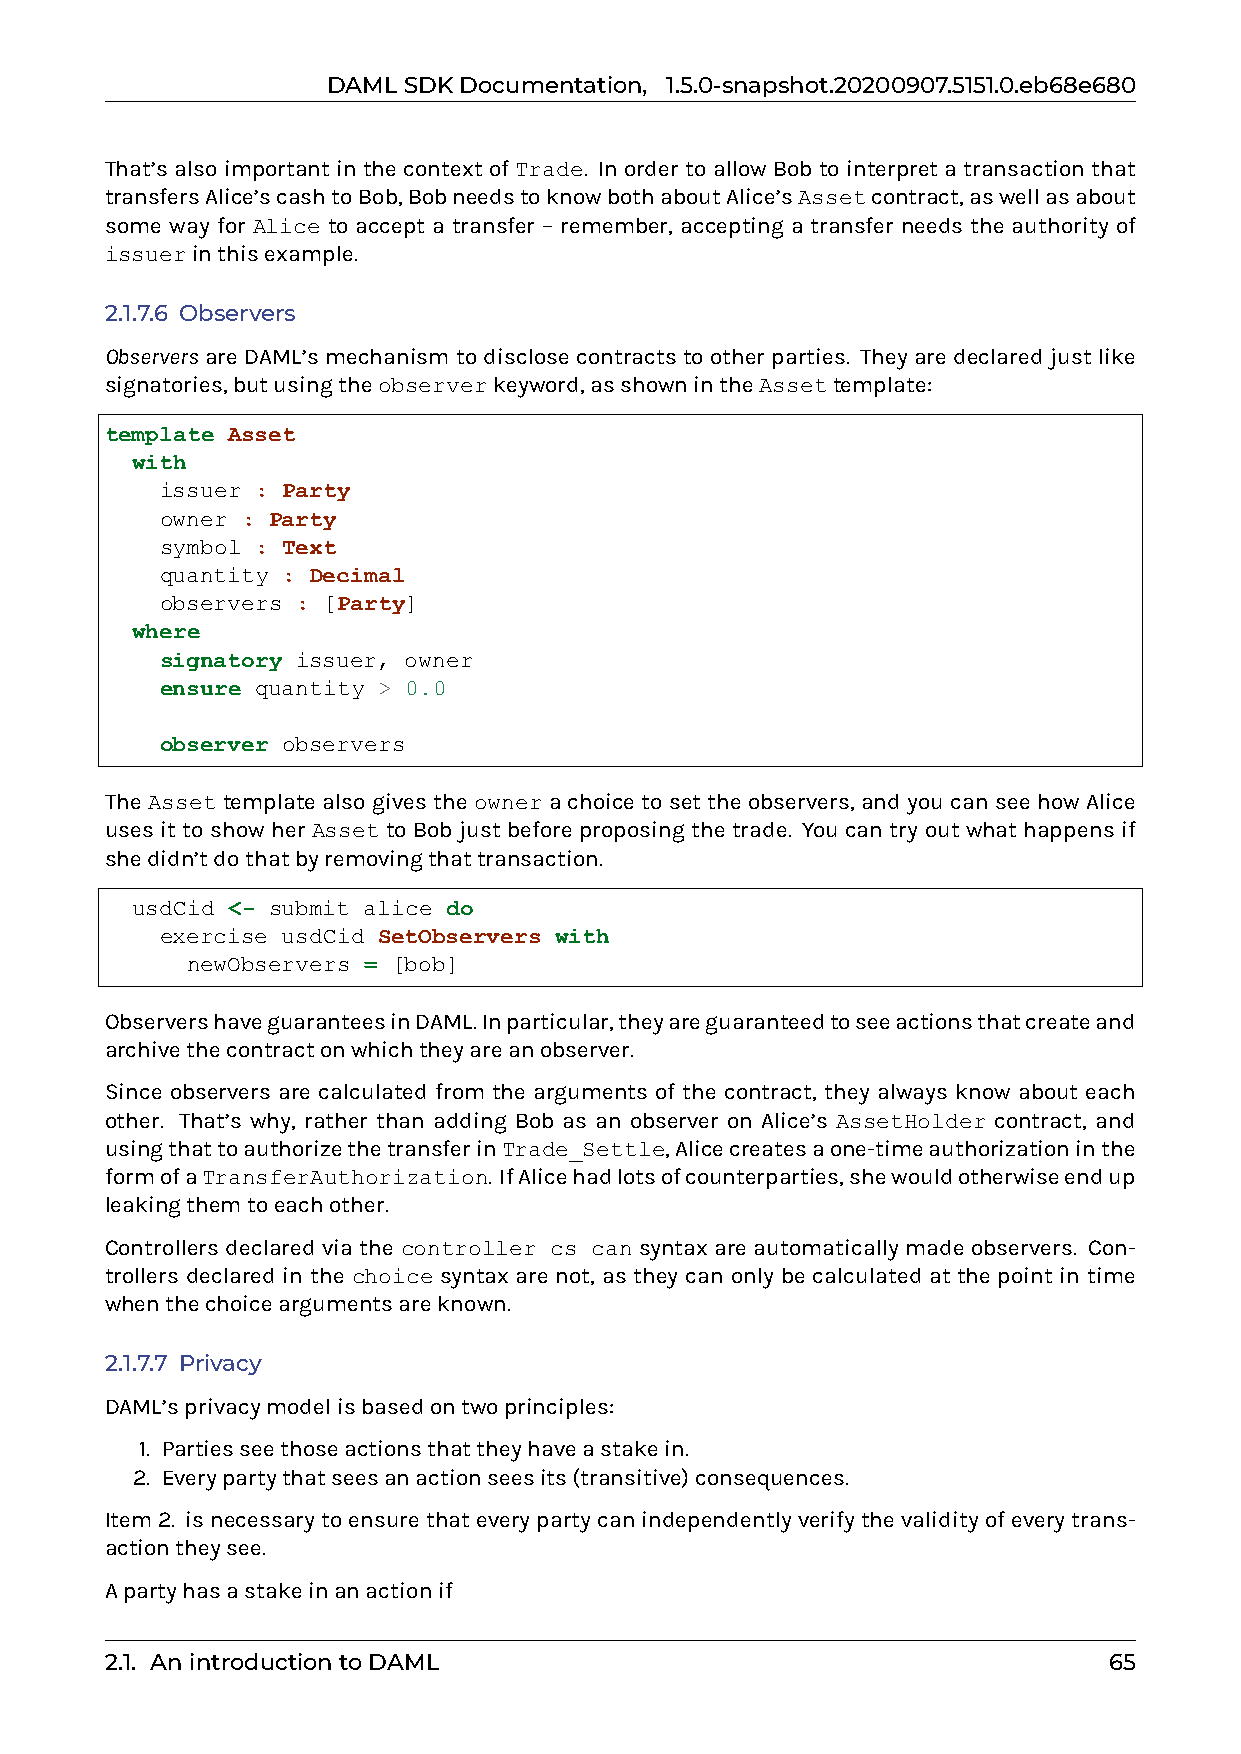
DAMLSDKDocumentation, 1.5.0-snapshot.20200907.5151.0.eb68e680
 That’s also important in the context of Trade. In order to allow Bob to interpret a transaction that
 transfersAlice’scashtoBob,BobneedstoknowbothaboutAlice’sAssetcontract,aswellasabout
 some way for Alice to accept a transfer – remember, accepting a transfer needs the authority of
 issuerinthisexample.
 2.1.7.6 Observers
 Observers are DAML’s mechanism to disclose contracts to other parties. They are declared just like
 signatories,butusingtheobserverkeyword,asshownintheAssettemplate:
 template Asset
 with
 issuer : Party
 owner : Party
 symbol : Text
 quantity : Decimal
 observers : [Party]
 where
 signatory issuer, owner
 ensure quantity > 0.0
 observer observers
 The Asset template also gives the owner a choice to set the observers, and you can see how Alice
 uses it to show her Asset to Bob just before proposing the trade. You can try out what happens if
 shedidn’tdothatbyremovingthattransaction.
 usdCid <- submit alice do
 exercise usdCid SetObservers with
 newObservers = [bob]
 ObservershaveguaranteesinDAML.Inparticular,theyareguaranteedtoseeactionsthatcreateand
 archivethecontractonwhichtheyareanobserver.
 Since observers are calculated from the arguments of the contract, they always know about each
 other. That’s why, rather than adding Bob as an observer on Alice’s AssetHolder contract, and
 usingthattoauthorizethetransferinTrade_Settle,Alicecreatesaone-timeauthorizationinthe
 formofaTransferAuthorization. IfAlicehadlotsofcounterparties,shewouldotherwiseendup
 leakingthemtoeachother.
 Controllers declared via the controller cs can syntax are automatically made observers. Con-
 trollers declared in the choice syntax are not, as they can only be calculated at the point in time
 whenthechoiceargumentsareknown.
 2.1.7.7 Privacy
 DAML’sprivacymodelisbasedontwoprinciples:
 1. Partiesseethoseactionsthattheyhaveastakein.
 2. Everypartythatseesanactionseesits(transitive)consequences.
 Item2. isnecessarytoensurethateverypartycanindependentlyverifythevalidityofeverytrans-
 actiontheysee.
 Apartyhasastakeinanactionif
 2.1. AnintroductiontoDAML                                         65